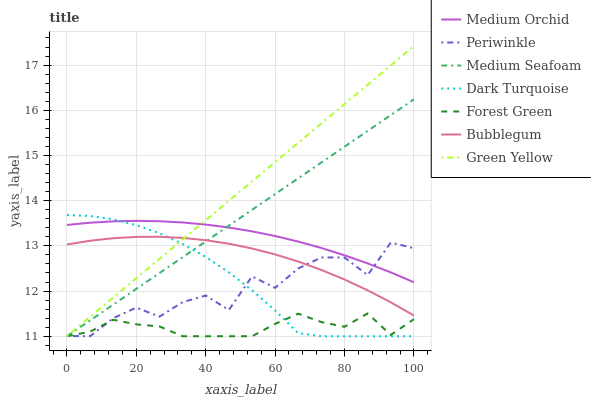
| xaxis_label | Medium Orchid | Periwinkle | Medium Seafoam | Dark Turquoise | Forest Green | Bubblegum | Green Yellow |
 | --- | --- | --- | --- | --- | --- | --- | --- |
 | 0 | 13.5 | 11 | 11 | 13.7 | 11 | 13 | 11 |
 | 6.67 | 13.5 | 11 | 11.3 | 13.7 | 11.1 | 13.1 | 11.4 |
 | 13.3 | 13.5 | 11.4 | 11.7 | 13.6 | 11.4 | 13.2 | 11.9 |
 | 20 | 13.6 | 11.6 | 12 | 13.5 | 11.3 | 13.2 | 12.3 |
 | 26.7 | 13.5 | 11.4 | 12.4 | 13.3 | 11.2 | 13.2 | 12.7 |
 | 33.3 | 13.5 | 11.8 | 12.7 | 13 | 11 | 13.2 | 13.1 |
 | 40 | 13.5 | 11.9 | 13.1 | 12.8 | 11 | 13.1 | 13.6 |
 | 46.7 | 13.4 | 11.6 | 13.4 | 12.4 | 11 | 13 | 14 |
 | 53.3 | 13.3 | 12.3 | 13.8 | 12 | 11 | 12.9 | 14.4 |
 | 60 | 13.2 | 12.1 | 14.1 | 11.6 | 11.3 | 12.8 | 14.9 |
 | 66.7 | 13.1 | 12.5 | 14.5 | 11.1 | 11.5 | 12.7 | 15.3 |
 | 73.3 | 13 | 12.7 | 14.8 | 11 | 11.3 | 12.5 | 15.7 |
 | 80 | 12.8 | 12.7 | 15.2 | 11 | 11.2 | 12.3 | 16.1 |
 | 86.7 | 12.6 | 12.4 | 15.5 | 11 | 11.5 | 12 | 16.6 |
 | 93.3 | 12.4 | 13.1 | 15.9 | 11 | 11 | 11.8 | 17 |
 | 100 | 12.2 | 12.9 | 16.2 | 11 | 11.4 | 11.5 | 17.4 |